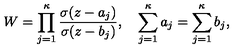
W = \prod _ { j = 1 } ^ { \kappa } \frac { \sigma ( z - a _ { j } ) } { \sigma ( z - b _ { j } ) } , \quad \sum _ { j = 1 } ^ { \kappa } a _ { j } = \sum _ { j = 1 } ^ { \kappa } b _ { j } ,